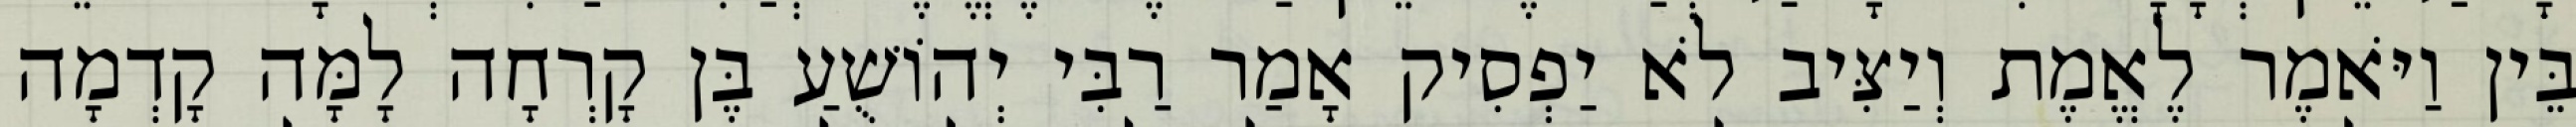
בֵּין וַיֹּאמֶר לֶאֱמֶת וְיַצִּיב לֹא יַפְסִיק אָמַר רַבִּי יְהוֹשֻׁעַ בֶּן קָרְחָה לָמָּה קָדְמָה